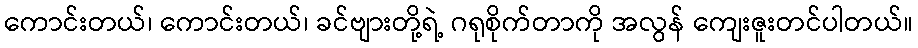
ကောင်းတယ်၊ ကောင်းတယ်၊ ခင်ဗျားတို့ရဲ့ ဂရုစိုက်တာကို အလွန် ကျေးဇူးတင်ပါတယ်။